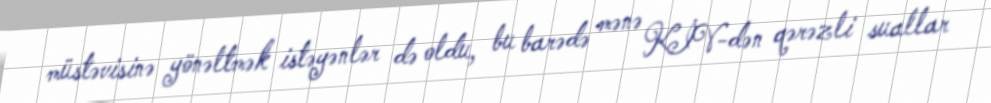
müstəvisinə yönəltmək istəyənlər də oldu, bu barədə mənə KİV-dən qərəzli suallar